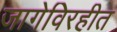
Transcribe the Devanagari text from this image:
जागेविरहीत